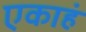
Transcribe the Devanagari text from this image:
एकाहं